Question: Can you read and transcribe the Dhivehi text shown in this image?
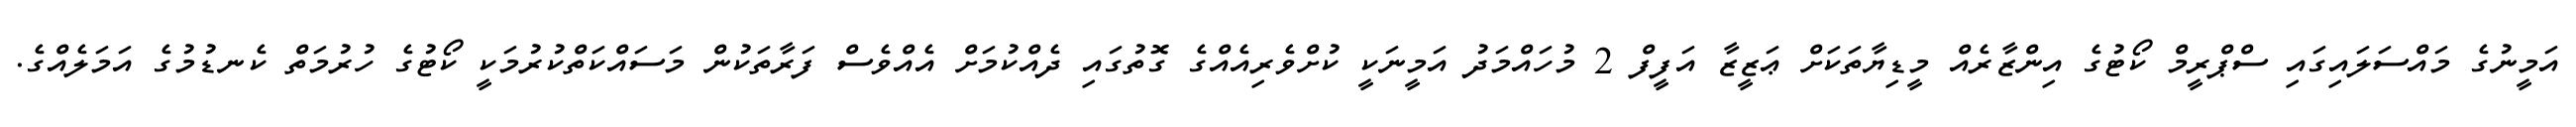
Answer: އަމީނުގެ މައްސަލައިގައި ސްޕްރީމް ކޯޓުގެ އިންޒާރެއް މީޑިޔާތަކަށް ޢަޒީޒާ އަފީފް 2 މުހައްމަދު އަމީނަކީ ކުށްވެރިއެއްގެ ގޮތުގައި ދެއްކުމަށް އެއްވެސް ފަރާތަކުން މަސައްކަތްކުރުމަކީ ކޯޓުގެ ހުރުމަތް ކެނޑުމުގެ އަމަލެއްގެ.